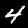
Digit: 4